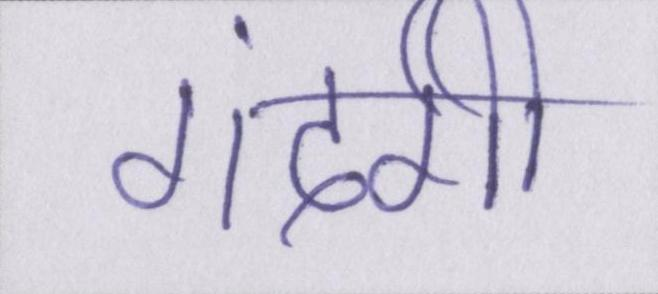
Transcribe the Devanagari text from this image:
गंदगी